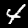
Label: 4